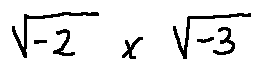
\sqrt { - 2 } \times \sqrt { - 3 }